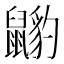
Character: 𪕺